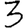
Digit: 3